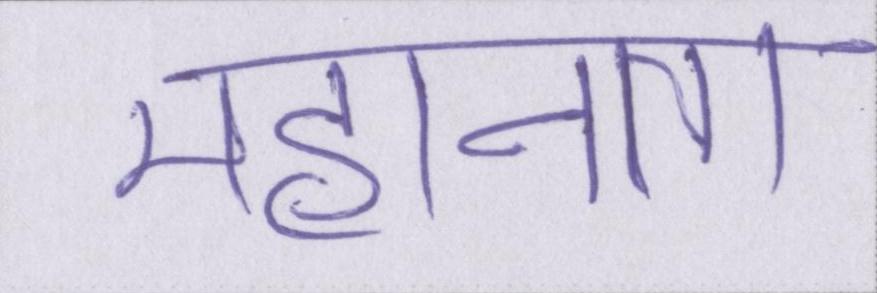
महानता